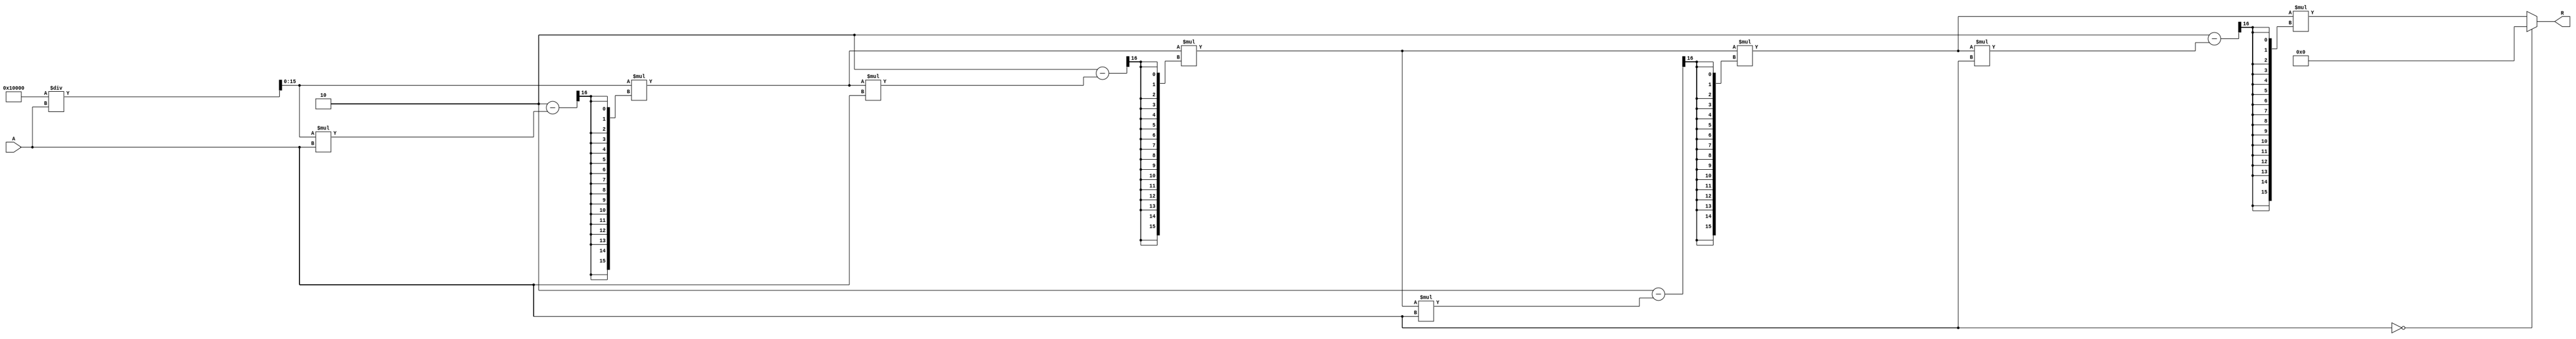
module BitwiseReciprocal #(
    parameter N = 16, // Bit width of input A
    parameter ITERATIONS = 4 // Number of iterations for approximation
)(
    input wire [N-1:0] A, // Input number (non-zero)
    output reg [N-1:0] R // Output reciprocal
);

    // Internal variables
    reg [N-1:0] approx; // Current approximation of the reciprocal
    reg [N-1:0] temp; // Temporary variable for calculations
    integer i; // Loop counter

    always @(*) begin
        // Check for zero input
        if (A == 0) begin
            R = {N{1'b0}}; // Output zero if input is zero (undefined behavior)
        end else begin
            // Initial approximation (1 / A) can be approximated as (1 << N) / A
            approx = (1 << N) / A; // Initial guess

            // Iterative refinement of the approximation
            for (i = 0; i < ITERATIONS; i = i + 1) begin
                // Calculate the product of A and the current approximation
                temp = approx * A;

                // Update the approximation using Newton-Raphson formula
                approx = approx * (2 - temp >> N); // approx = approx * (2 - (A * approx))
            end

            R = approx; // Final output
        end
    end

endmodule